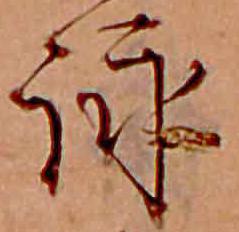
詠